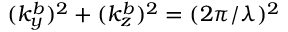
( k _ { y } ^ { b } ) ^ { 2 } + ( k _ { z } ^ { b } ) ^ { 2 } = ( 2 \pi / \lambda ) ^ { 2 }